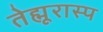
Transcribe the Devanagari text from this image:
तेह्मूरास्प